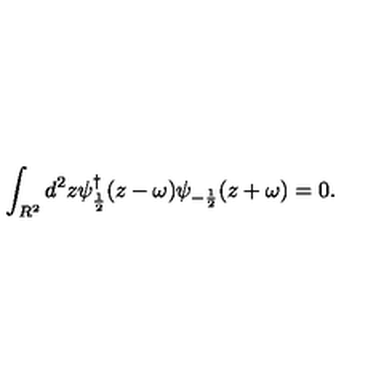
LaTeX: \int _ { R ^ { 2 } } d ^ { 2 } z \psi _ { \frac { 1 } { 2 } } ^ { \dagger } ( z - \omega ) \psi _ { - \frac { 1 } { 2 } } ( z + \omega ) = 0 .